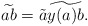
\begin{align*}\widetilde{ab}= \tilde{a}\widetilde{y(a)b}.\end{align*}